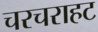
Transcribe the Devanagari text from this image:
चरचराहट